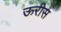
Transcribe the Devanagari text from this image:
ऊरीस